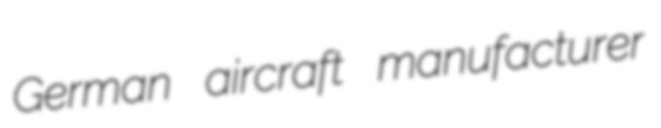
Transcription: German aircraft manufacturer